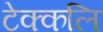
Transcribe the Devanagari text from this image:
टेक्कलि